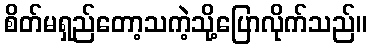
စိတ်မရှည်တော့သကဲ့သို့ပြောလိုက်သည်။